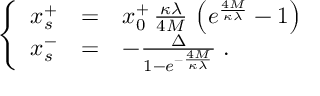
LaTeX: \left\{ \begin{array} { l l l } { { x _ { s } ^ { + } } } & { { = } } & { { x _ { 0 } ^ { + } \, \frac { \kappa \lambda } { 4 M } \, \left( e ^ { \frac { 4 M } { \kappa \lambda } } - 1 \right) } } \\ { { x _ { s } ^ { - } } } & { { = } } & { { - \frac { \Delta } { 1 - e ^ { - \frac { 4 M } { \kappa \lambda } } } \; . } } \end{array} \right.